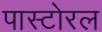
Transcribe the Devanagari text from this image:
पास्टोरल